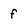
Character: f